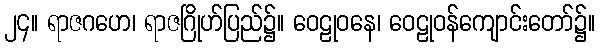
၂၄။ ရာဇဂဟေ၊ ရာဇဂြိုဟ်ပြည်၌။ ဝေဠုဝနေ၊ ဝေဠုဝန်ကျောင်းတော်၌။